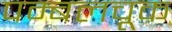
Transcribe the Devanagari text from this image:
पम्बलचूक